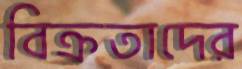
বিক্রতাদের